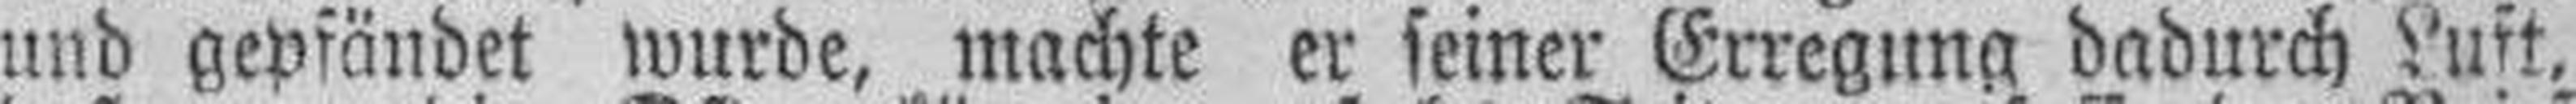
und gepfändet wurde, machte er seiner Erregung dadurch Luft,